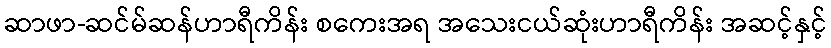
ဆာဖာ-ဆင်မ်ဆန်ဟာရီကိန်း စကေးအရ အသေးငယ်ဆုံးဟာရီကိန်း အဆင့်နှင့်